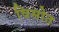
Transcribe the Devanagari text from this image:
विसोत